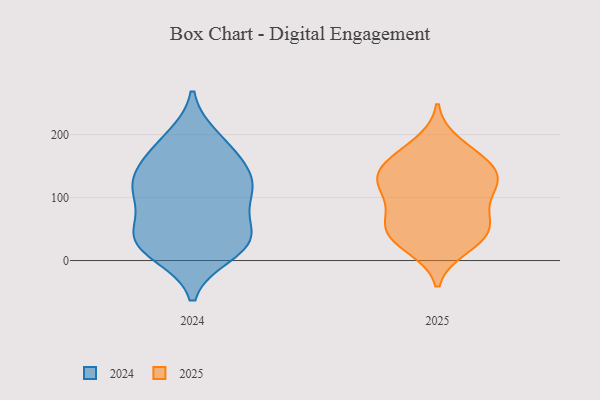
{"axis": {"x": "Humidity (%)", "y": "Value"}, "legend": ["2024", "2025"], "data": [{"x": "", "y": 162, "type": "2024"}, {"x": "", "y": 45, "type": "2024"}, {"x": "", "y": 126, "type": "2024"}, {"x": "", "y": 36, "type": "2024"}, {"x": "", "y": 32, "type": "2024"}, {"x": "", "y": 115, "type": "2024"}, {"x": "", "y": 35, "type": "2024"}, {"x": "", "y": 103, "type": "2024"}, {"x": "", "y": 45, "type": "2024"}, {"x": "", "y": 136, "type": "2024"}, {"x": "", "y": 153, "type": "2024"}, {"x": "", "y": 13, "type": "2024"}, {"x": "", "y": 10, "type": "2024"}, {"x": "", "y": 98, "type": "2024"}, {"x": "", "y": 187, "type": "2024"}, {"x": "", "y": 195, "type": "2024"}, {"x": "", "y": 106, "type": "2024"}, {"x": "", "y": 137, "type": "2025"}, {"x": "", "y": 21, "type": "2025"}, {"x": "", "y": 46, "type": "2025"}, {"x": "", "y": 163, "type": "2025"}, {"x": "", "y": 126, "type": "2025"}, {"x": "", "y": 161, "type": "2025"}, {"x": "", "y": 150, "type": "2025"}, {"x": "", "y": 56, "type": "2025"}, {"x": "", "y": 67, "type": "2025"}, {"x": "", "y": 95, "type": "2025"}, {"x": "", "y": 65, "type": "2025"}, {"x": "", "y": 30, "type": "2025"}, {"x": "", "y": 38, "type": "2025"}, {"x": "", "y": 123, "type": "2025"}, {"x": "", "y": 120, "type": "2025"}, {"x": "", "y": 119, "type": "2025"}, {"x": "", "y": 186, "type": "2025"}]}